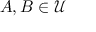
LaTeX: A , B \in { \mathcal { U } }